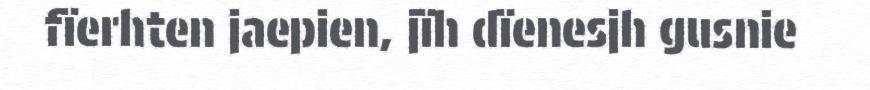
fïerhten jaepien, jïh dïenesjh gusnie